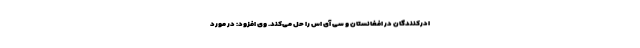
ادرکنندگان در افغانستان و سی آی اس را حل می‌کند. وی افزود: در مورد